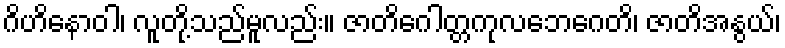
ဂိဟိနောဝါ၊ လူတို့သည်မူလည်း။ ဇာတိဂေါတ္တကုလဘေဂေတိ၊ ဇာတိအနွယ်၊